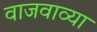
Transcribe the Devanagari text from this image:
वाजवाव्या